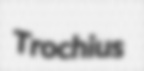
Trochius